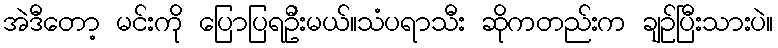
အဲဒီတော့ မင်းကို ပြောပြရဦးမယ်။သံပရာသီး ဆိုကတည်းက ချဉ်ပြီးသားပဲ။